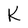
Character: K